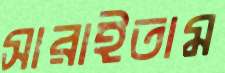
সারাইতাম